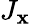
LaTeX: J_{\mathbf{x}}